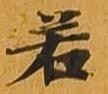
若